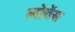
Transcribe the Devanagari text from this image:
लोवेंस